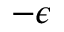
- \epsilon